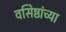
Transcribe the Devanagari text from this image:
वसिष्ठांच्या